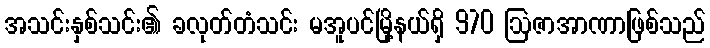
အသင်းနှစ်သင်း၏ ခလုတ်တံသင်း မအူပင်မြို့နယ်ရှိ 970 ဩဇာအာဏာဖြစ်သည်